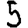
Digit: 5